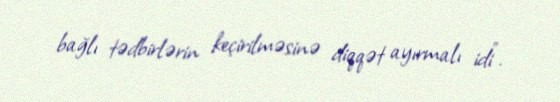
bağlı tədbirlərin keçirilməsinə diqqət ayırmalı idi”.